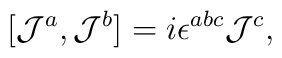
[{\cal J}^{a},{\cal J}^{b}]=i\epsilon^{abc}{\cal J}^{c},